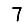
Digit: 7